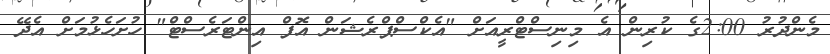
މެންދުރު 2:00ގެ ކުރިން އެ މިނިސްޓްރީއަށް "އެކްސްޕްރެޝަން އޮފް އިންޓަރެސްޓް" ހުށަހެޅުމަށް އެދޭ